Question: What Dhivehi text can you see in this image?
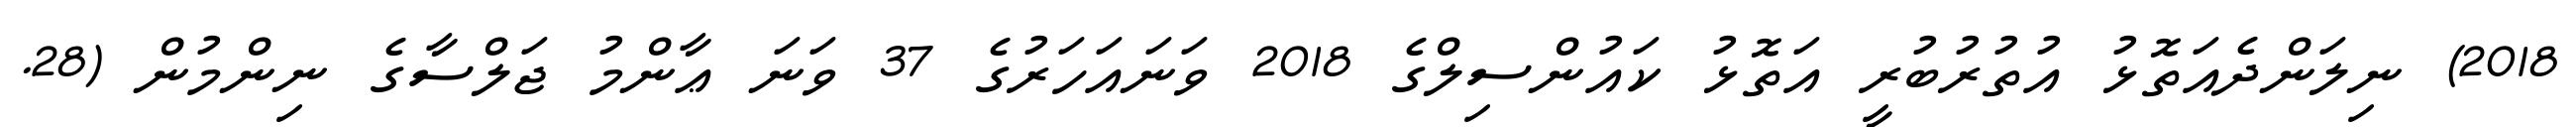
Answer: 2018) ނިލަންދެއަތޮޅު އުތުރުބުރީ އަތޮޅު ކައުންސިލްގެ 2018 ވަނައަހަރުގެ 37 ވަނަ ޢާންމު ޖަލްސާގެ ނިންމުން (28.